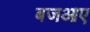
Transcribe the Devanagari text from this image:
बजआए